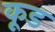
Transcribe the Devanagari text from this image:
कूड